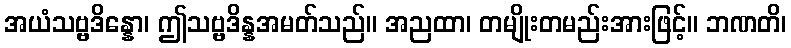
အယံသဗ္ဗဒိန္နော၊ ဤသဗ္ဗဒိန္နအမတ်သည်။ အညထာ၊ တမျိုးတမည်းအားဖြင့်။ ဘဏတိ၊